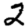
Digit: 2